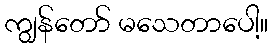
ကျွန်တော် မသေတာပေါ့။